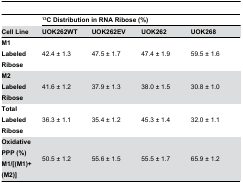
<table><thead><tr><td></td><td colspan="4"><b><sup>13</sup>C Distribution in RNA Ribose (%)</b></td></tr><tr><td><b>Cell Line</b></td><td><b>UOK262WT</b></td><td><b>UOK262EV</b></td><td><b>UOK262</b></td><td><b>UOK268</b></td></tr></thead><tbody><tr><td><b>M1 Labeled Ribose</b></td><td>42.4 ± 1.3</td><td>47.5 ± 1.7</td><td>47.4 ± 1.9</td><td>59.5 ± 1.6</td></tr><tr><td><b>M2 Labeled Ribose</b></td><td>41.6 ± 1.2</td><td>37.9 ± 1.3</td><td>38.0 ± 1.5</td><td>30.8 ± 1.0</td></tr><tr><td><b>Total Labeled Ribose</b></td><td>36.3 ± 1.1</td><td>35.4 ± 1.2</td><td>45.3 ± 1.4</td><td>32.0 ± 1.1</td></tr><tr><td><b>Oxidative PPP (%) M1/[(M1)+(M2)]</b></td><td>50.5 ± 1.2</td><td>55.6 ± 1.5</td><td>55.5 ± 1.7</td><td>65.9 ± 1.2</td></tr></tbody></table>